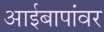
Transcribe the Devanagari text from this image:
आईबापांवर